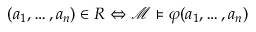
( a _ { 1 } , \ldots , a _ { n } ) \in R \Leftrightarrow { \mathcal { M } } \vDash \varphi ( a _ { 1 } , \ldots , a _ { n } )